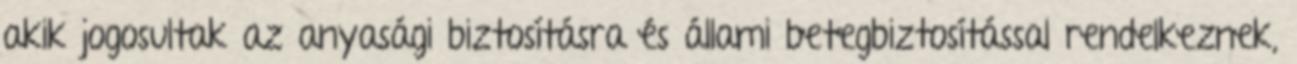
akik jogosultak az anyasági biztosításra és állami betegbiztosítással rendelkeznek,